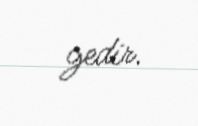
gedir.